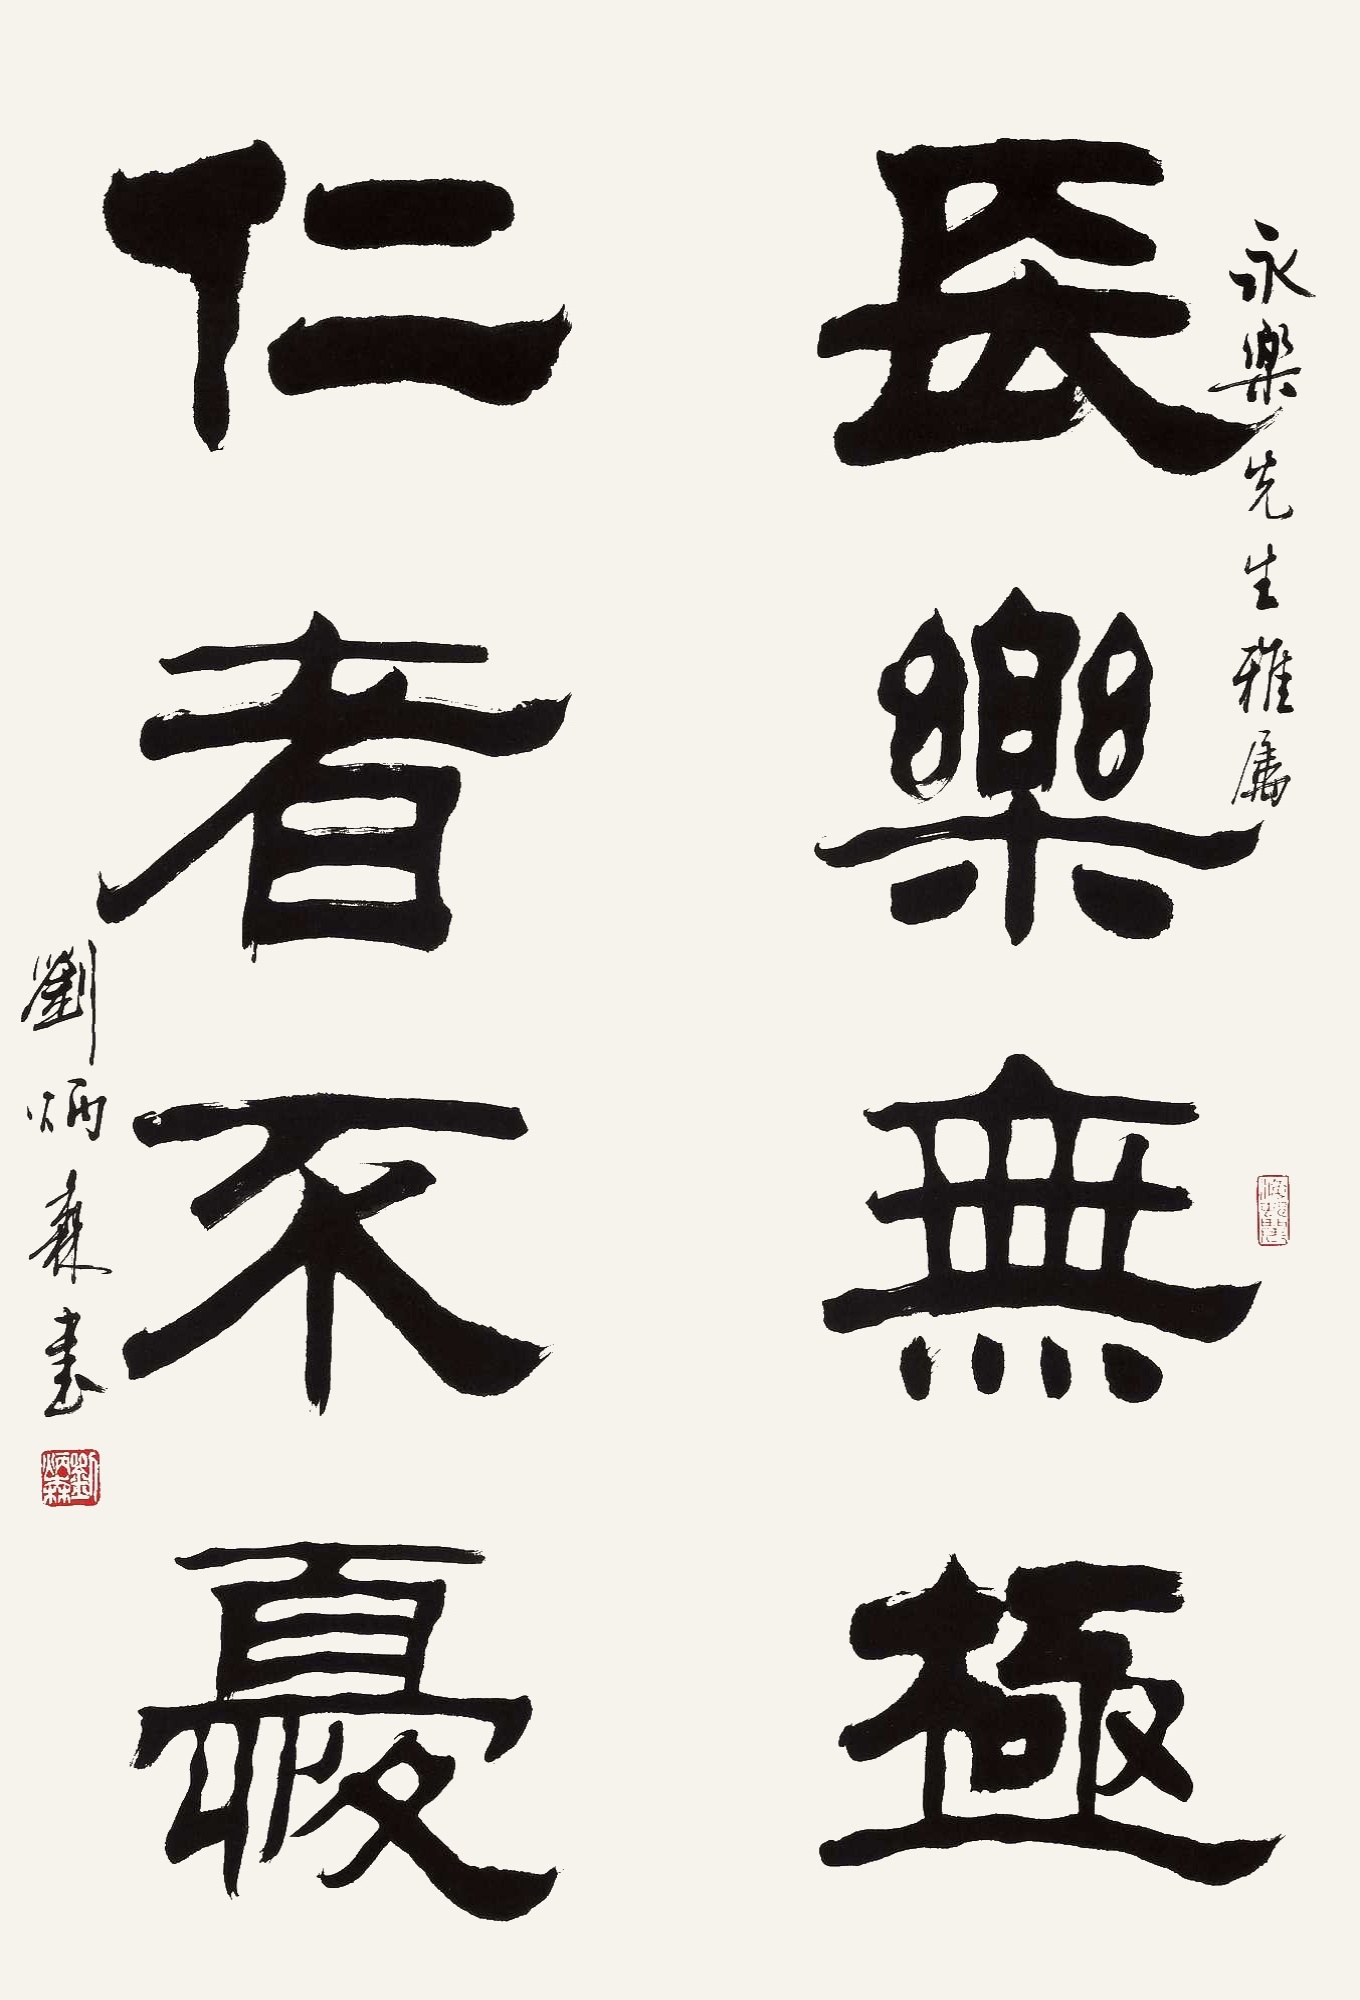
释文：长乐无极，仁者不忧。永乐先生雅属，刘炳森。